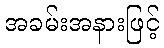
အခမ်းအနားဖြင့်